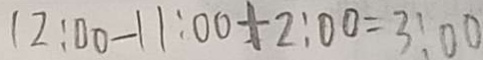
1 2 : 0 0 - 1 1 : 0 0 + 2 : 0 0 = 3 : 0 0